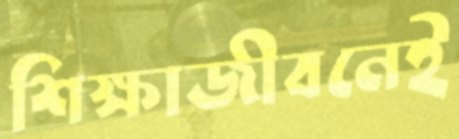
শিক্ষাজীবনেই